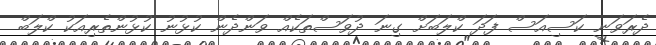
ދެރަވަނީ ކަސިއަސް ފަދަ ކްލަބަށް ގިނަ ދުވަސްތަކެއް ވަންދެން ކުޅުނު ކުޅުންތެރިއަކު ކްލަބް